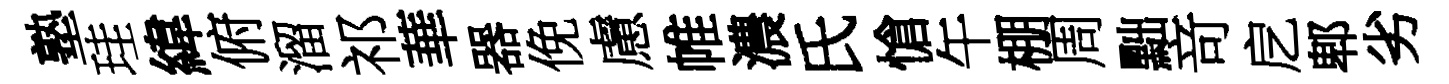
塾珪緯俯溜祁華器俛慮帷濃氏愴午棚周黜竒戹郫劣